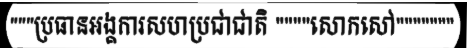
"""ប្រធានអង្គការសហប្រជាជាតិ """"សោកសៅ"""""""